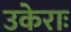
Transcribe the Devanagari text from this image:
उकेराः